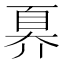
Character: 奡